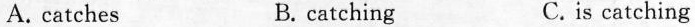
A.catches B. catching C.is catching